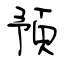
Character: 預